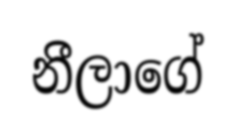
නීලාගේ